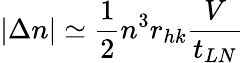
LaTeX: |\Delta n|\simeq\frac{1}{2}n^{3}r_{hk}\frac{V}{t_{LN}}